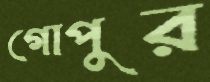
গোপুর